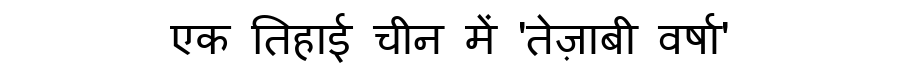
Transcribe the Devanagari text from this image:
एक तिहाई चीन में 'तेज़ाबी वर्षा'